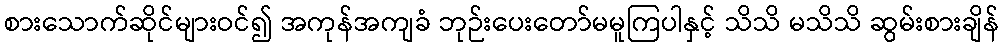
စားသောက်ဆိုင်များဝင်၍ အကုန်အကျခံ ဘုဉ်းပေးတော်မမူကြပါနှင့် သိသိ မသိသိ ဆွမ်းစားချိန်